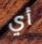
أي